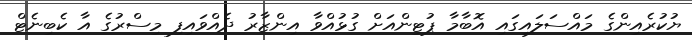
ޔުކުރެއިންގެ މައްސަލައިގައި އޮބާމާ ޕުޓިންއަށް ގުޅުއްވާ އިންޒާރު ދެއްވައިފި މިސްރުގެ އާ ކެބިނެޓް